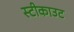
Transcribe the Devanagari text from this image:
स्टीकाउट